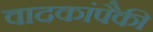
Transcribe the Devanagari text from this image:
वादकांपैकी